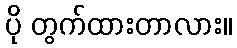
ပို တွက်ထားတာလား။